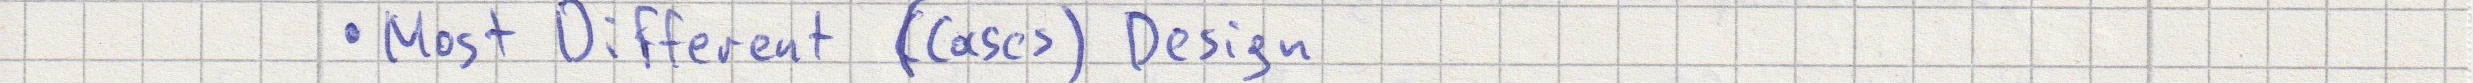
- Most Different (Cases) Design